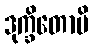
ဒုက္ခိတောပိ